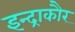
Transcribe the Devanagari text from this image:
इन्द्राकौर